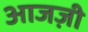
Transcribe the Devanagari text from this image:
आजज़ी